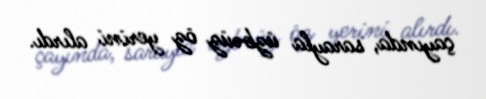
çayında, sarayla üzbəüz öz yerini alırdı.